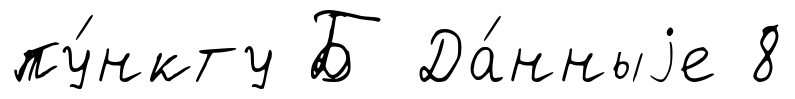
пу́нкту Б Да́нныjе 8